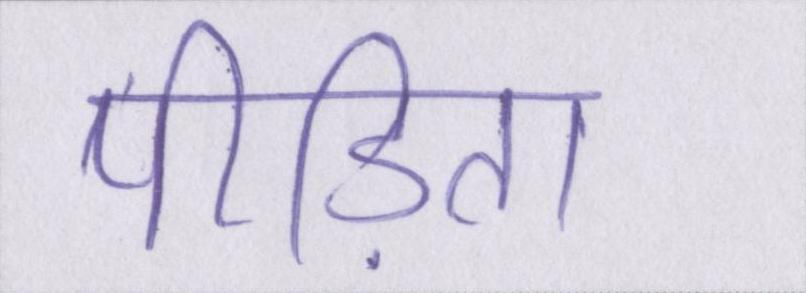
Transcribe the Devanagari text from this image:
पीड़िता